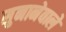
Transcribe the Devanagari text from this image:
सुनानेवाले